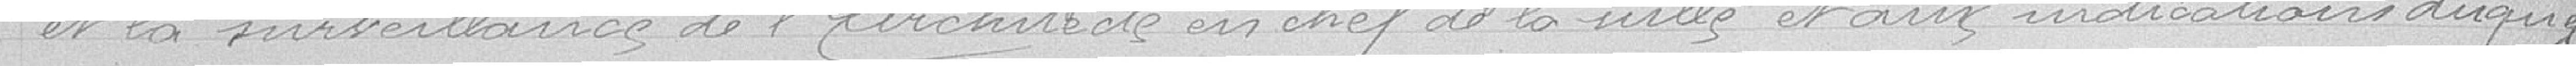
et la surveillance de l'Architecte en chef de la Ville et aux indications duquel